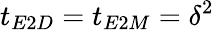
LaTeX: t_{E2D}=t_{E2M}=\delta^{2}